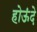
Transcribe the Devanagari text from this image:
होऊंदे